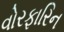
વોરફારિન